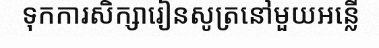
ទុកការសិក្សារៀនសូត្រនៅមួយអន្លើ